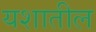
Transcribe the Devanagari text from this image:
यशातील